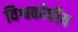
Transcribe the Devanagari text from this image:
विश्वकोषीय